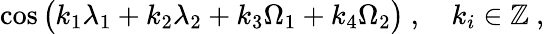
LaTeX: \cos{\big(k_{1}\lambda_{1}+k_{2}\lambda_{2}+k_{3}\Omega_{1}+k_{4}\Omega_{2}\big)}\ ,\quad k_{i}\in\mathbb{Z}\ ,